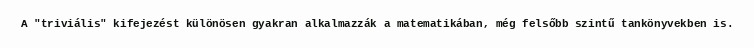
A "triviális" kifejezést különösen gyakran alkalmazzák a matematikában, még felsőbb szintű tankönyvekben is.